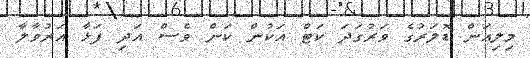
މިލިއަން ޑޮލަރުގެ ވަރުގަދަ ކަޓް އަކުން ކަން ވެސް އަދި ފަޅާ އަރުވާލާ